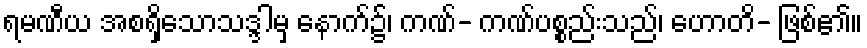
ရမဏီယ အစရှိသောသဒ္ဒါမှ နောက်၌၊ ကဏ်- ကဏ်ပစ္စည်းသည်၊ ဟောတိ- ဖြစ်၏။